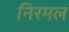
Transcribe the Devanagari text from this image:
निरमल